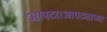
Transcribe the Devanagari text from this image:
आपटा।आपट्याच्या